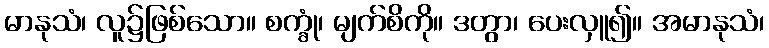
မာနုသံ၊ လူ၌ဖြစ်သော။ စက္ခုံ၊ မျက်စိကို။ ဒတွာ၊ ပေးလှူ၍။ အမာနုသံ၊